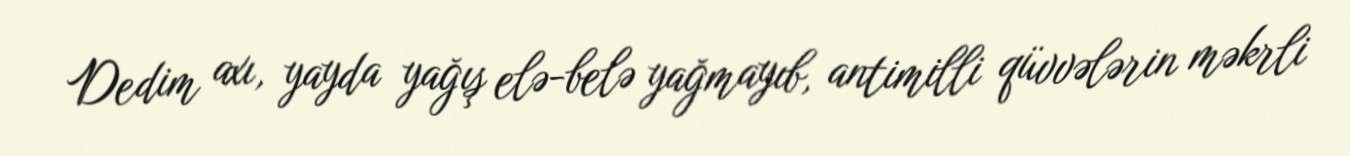
Dedim axı, yayda yağış elə-belə yağmayıb, antimilli qüvvələrin məkrli